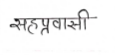
मजकूर: सहप्रवासी